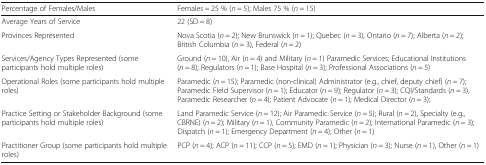
<table><thead><tr><td><b>Percentage of Females/Males</b></td><td><b>Females = 25 % (<i>n</i> = 5); Males 75 % (<i>n</i> = 15)</b></td></tr></thead><tbody><tr><td>Average Years of Service</td><td>22 (SD = 8)</td></tr><tr><td>Provinces Represented</td><td>Nova Scotia (<i>n</i> = 2); New Brunswick (<i>n</i> = 1); Quebec (<i>n</i> = 3), Ontario (<i>n</i> = 7); Alberta (<i>n</i> = 2); British Columbia (<i>n</i> = 3), Federal (<i>n</i> = 2)</td></tr><tr><td>Services/Agency Types Represented (some participants hold multiple roles)</td><td>Ground (<i>n</i> = 10), Air (<i>n</i> = 4) and Military (<i>n</i> = 1) Paramedic Services; Educational Institutions (<i>n</i> = 8); Regulators (<i>n</i> = 1); Base Hospital (<i>n</i> = 3); Professional Associations (<i>n</i> = 5)</td></tr><tr><td>Operational Roles (some participants hold multiple roles)</td><td>Paramedic (<i>n</i> = 15); Paramedic (non-clinical) Administrator (e.g., chief, deputy chief) (<i>n</i> = 7); Paramedic Field Supervisor (<i>n</i> = 1); Educator (<i>n</i> = 9); Regulator (<i>n</i> = 3); CQI/Standards (<i>n</i> = 3), Paramedic Researcher (<i>n</i> = 4); Patient Advocate (<i>n</i> = 1); Medical Director (<i>n</i> = 3);</td></tr><tr><td>Practice Setting or Stakeholder Background (some participants hold multiple roles)</td><td>Land Paramedic Service (<i>n</i> = 12); Air Paramedic Service (<i>n</i> = 5); Rural (<i>n</i> = 2), Specialty (e.g., CBRNE) (<i>n</i> = 2); Military (<i>n</i> = 1), Community Paramedic (<i>n</i> = 2); International Paramedic (<i>n</i> = 3); Dispatch (<i>n</i> = 1); Emergency Department (<i>n</i> = 4); Other (<i>n</i> = 1)</td></tr><tr><td>Practitioner Group (some participants hold multiple roles)</td><td>PCP (<i>n</i> = 4); ACP (<i>n</i> = 11); CCP (<i>n</i> = 5); EMD (<i>n</i> = 1); Physician (<i>n</i> = 3); Nurse (<i>n</i> = 1), Other (<i>n</i> = 1)</td></tr></tbody></table>